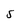
Character: 5